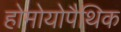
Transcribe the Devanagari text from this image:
होमोयोपैथिक